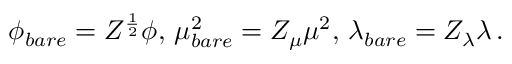
\phi _ { b a r e } = Z ^ { \frac { 1 } { 2 } } \phi , \, \mu _ { b a r e } ^ { 2 } = Z _ { \mu } \mu ^ { 2 } , \, \lambda _ { b a r e } = Z _ { \lambda } \lambda \, .